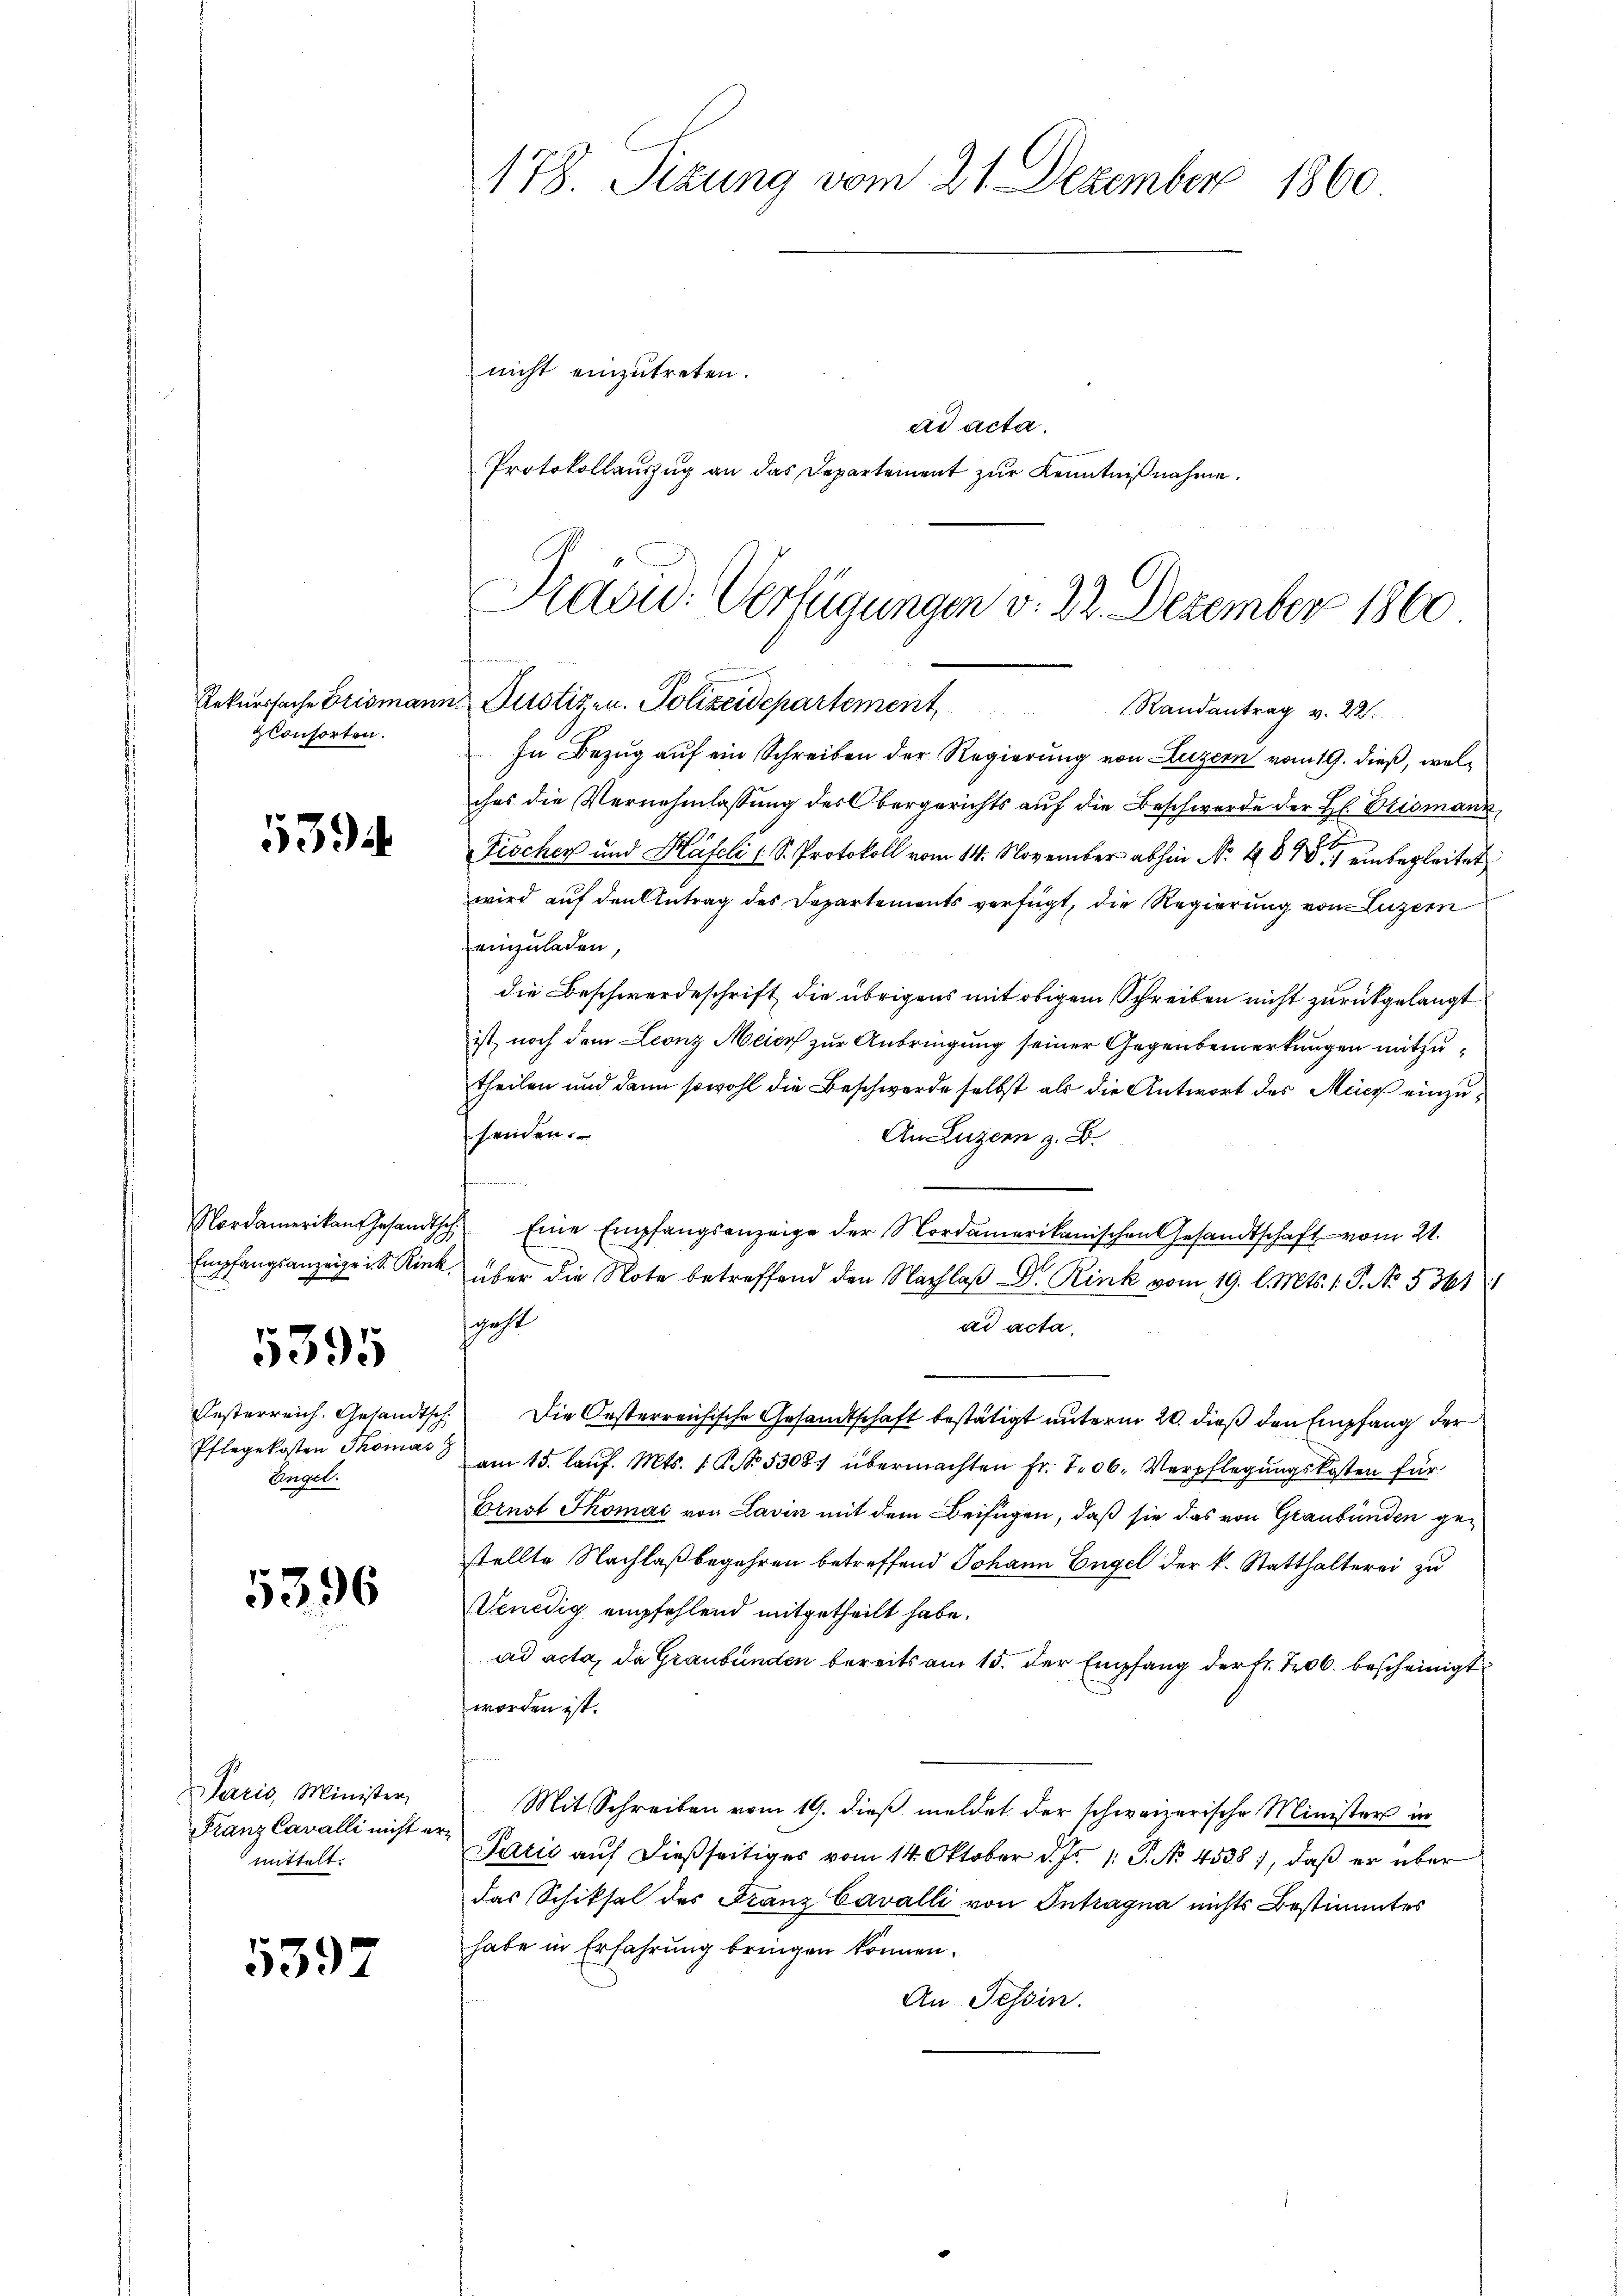
Rekurssache Brisman
zconsorten.

5394

Empfangsanzeige u. S. Rink.
5395
Pflegekosten Thomas
Engel.

5396

Paris, Minister,
Franz Cavalli nicht er
mittelt.

5397

178. Sizung vom 21. Dezember 1860

ad acta.
Protokollaŭszŭg an das Departement zŭr Kenntniβnahme.

Kašid: Verfügungen v. 22. Dezember 1860
n Dustizen. Polizeidepartement
Randantrag v. 22.

nicht einzutreten.

In Bezug auf ein Schreiben der Regierung von Luzern vom 19. dieß, welches die Vernehmlassung des Obergerichts auf die Beschwerde der H. Brismann,
Fröchen und Häfeli (S. Protokoll vom 14. November abhin No 484. einbegleitet
wird auf den Antrag des Departements verfügt, die Regierung von Luzern
einzuladen,
die Beschwerdeschrift die übrigens mit obigem Schreiben nicht zurückgelangt
ist, noch dem Leonz Meier zur Anbringung seiner Gegenbemerkungen mitzutheilen und dann sowohl die Beschwerde selbst als die Antwort des Meier einzusenden.
An Luzern z. B.
.
Nordamerikan Gesandtsch. Eine Empfangsanzeige der Nordamerikanischen Gesandtschaft vom 21.
über die Note betreffend den Nachlaß Dr. Rink vom 19. l. Mts. 1. P. No. 53611
swahl
ad acta,
Festerreich. Gesandtsch. Die Casterreichische Gesandtschaft bestätigt unterm 20. dieß den Empfang der
am 15. lauf. Mts. 1. No. 53081 übermachten Fr. 706. Verpflegungskosten für
Ernst Thomas von Lavin mit dem Beifügen, daß sie das von Graubünden gestellte Nachlaßbegehren betreffend Johann Engel der k. Statthalterei zu
Venedig empfehlend mitgetheilt habe.
ad acta, da Graubünden bereits am 15. der Empfang der Fr. 706. bescheinigt
worden ist.
Mit Schreiben vom 19. dieβ meldet der schweizerische Ministers in
Talić auf dießseitiges vom 14. Oktober d. Js. 1. P. No 4538), daß er über
das Schiksal des Franz Cavalli von Intragna nichts Bestimmtes
habe in Erfahrung bringen können.
An Tessin.